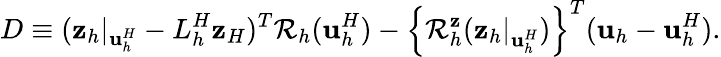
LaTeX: D\equiv(\mathbf{z}_{h}|_{\mathbf{u}_{h}^{H}}-L_{h}^{H}\mathbf{z}_{H})^{T}\mathcal{R}_{h}(\mathbf{u}_{h}^{H})-\left\{ \mathcal{R}_{h}^{\mathbf{z}}(\left.\mathbf{z}_{h}\right|_{\mathbf{u}_{h}^{H}})\right\} ^{T}(\mathbf{u}_{h}-\mathbf{u}_{h}^{H}).